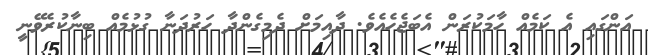
އަންގައި އެ ކަމެއް ހާމަކުރަން އެބަޖެހެއެވެ. ދާއިމަށް ދެމިގެންދާ ހަރުދަނާ ގުޅުމެއް ބިނާކުރެވޭނީ